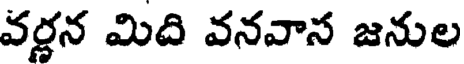
వర్ణన మిది వనవాన జనుల